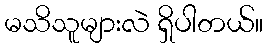
မသိသူများလဲ ရှိပါတယ်။